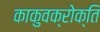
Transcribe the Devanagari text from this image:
काकुवक्रोक्ति